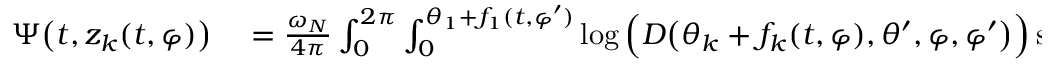
\begin{array} { r l } { \Psi \big ( t , z _ { k } ( t , \varphi ) \big ) } & { { } = \frac { \omega _ { N } } { 4 \pi } \int _ { 0 } ^ { 2 \pi } \int _ { 0 } ^ { \theta _ { 1 } + f _ { 1 } ( t , \varphi ^ { \prime } ) } \log \Big ( D \big ( \theta _ { k } + f _ { k } ( t , \varphi ) , \theta ^ { \prime } , \varphi , \varphi ^ { \prime } \big ) \Big ) \sin ( \theta ^ { \prime } ) d \theta ^ { \prime } d \varphi ^ { \prime } } \end{array}